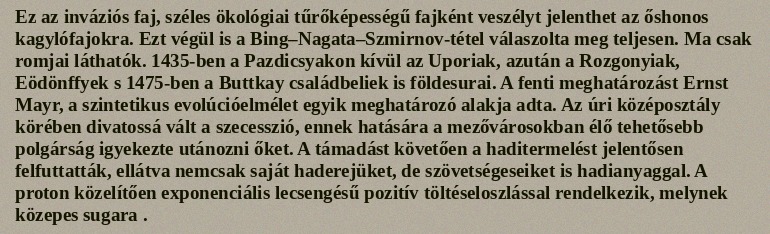
Ez az inváziós faj, széles ökológiai tűrőképességű fajként veszélyt jelenthet az őshonos kagylófajokra. Ezt végül is a Bing–Nagata–Szmirnov-tétel válaszolta meg teljesen. Ma csak romjai láthatók. 1435-ben a Pazdicsyakon kívül az Uporiak, azután a Rozgonyiak, Eödönffyek s 1475-ben a Buttkay családbeliek is földesurai. A fenti meghatározást Ernst Mayr, a szintetikus evolúcióelmélet egyik meghatározó alakja adta. Az úri középosztály körében divatossá vált a szecesszió, ennek hatására a mezővárosokban élő tehetősebb polgárság igyekezte utánozni őket. A támadást követően a haditermelést jelentősen felfuttatták, ellátva nemcsak saját haderejüket, de szövetségeseiket is hadianyaggal. A proton közelítően exponenciális lecsengésű pozitív töltéseloszlással rendelkezik, melynek közepes sugara .